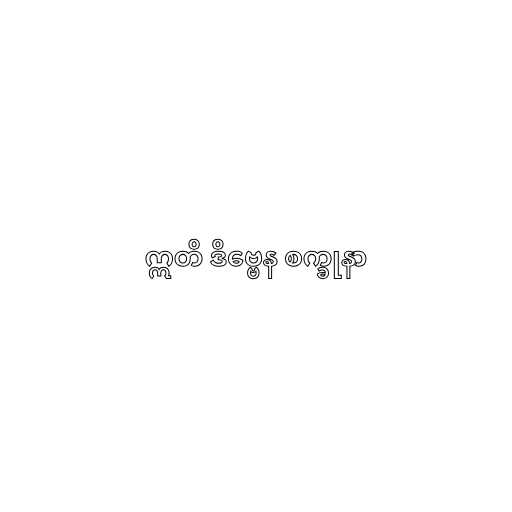
ဣတိ ဒိဗ္ဗေန စက္ခုနာ